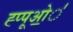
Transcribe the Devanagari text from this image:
ह्प्पूओ॒॒॒॑